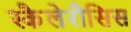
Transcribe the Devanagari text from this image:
स्कैलेरौसिस